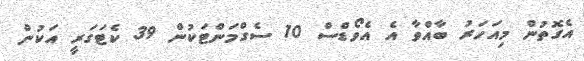
އެގޮތުން މިއަހަރު ބާއްވާ އެ އެވޯޑްސް 10 ސެގްމަންޓަކުން 39 ކެޓަގަރީ އަކުން